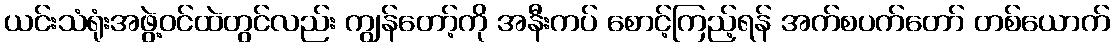
ယင်းသံရုံးအဖွဲ့ဝင်ထဲတွင်လည်း ကျွန်တော့်ကို အနီးကပ် စောင့်ကြည့်ရန် အက်စပက်တော် တစ်ယောက်